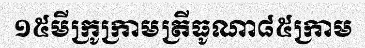
១៥មីក្រូក្រាមត្រីធូណា៨៥ក្រាម